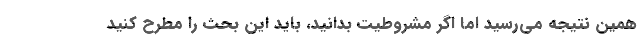
همین نتیجه می‌رسید اما اگر مشروطیت بدانید، باید این بحث را مطرح کنید